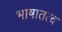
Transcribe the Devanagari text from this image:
भाषातत्व